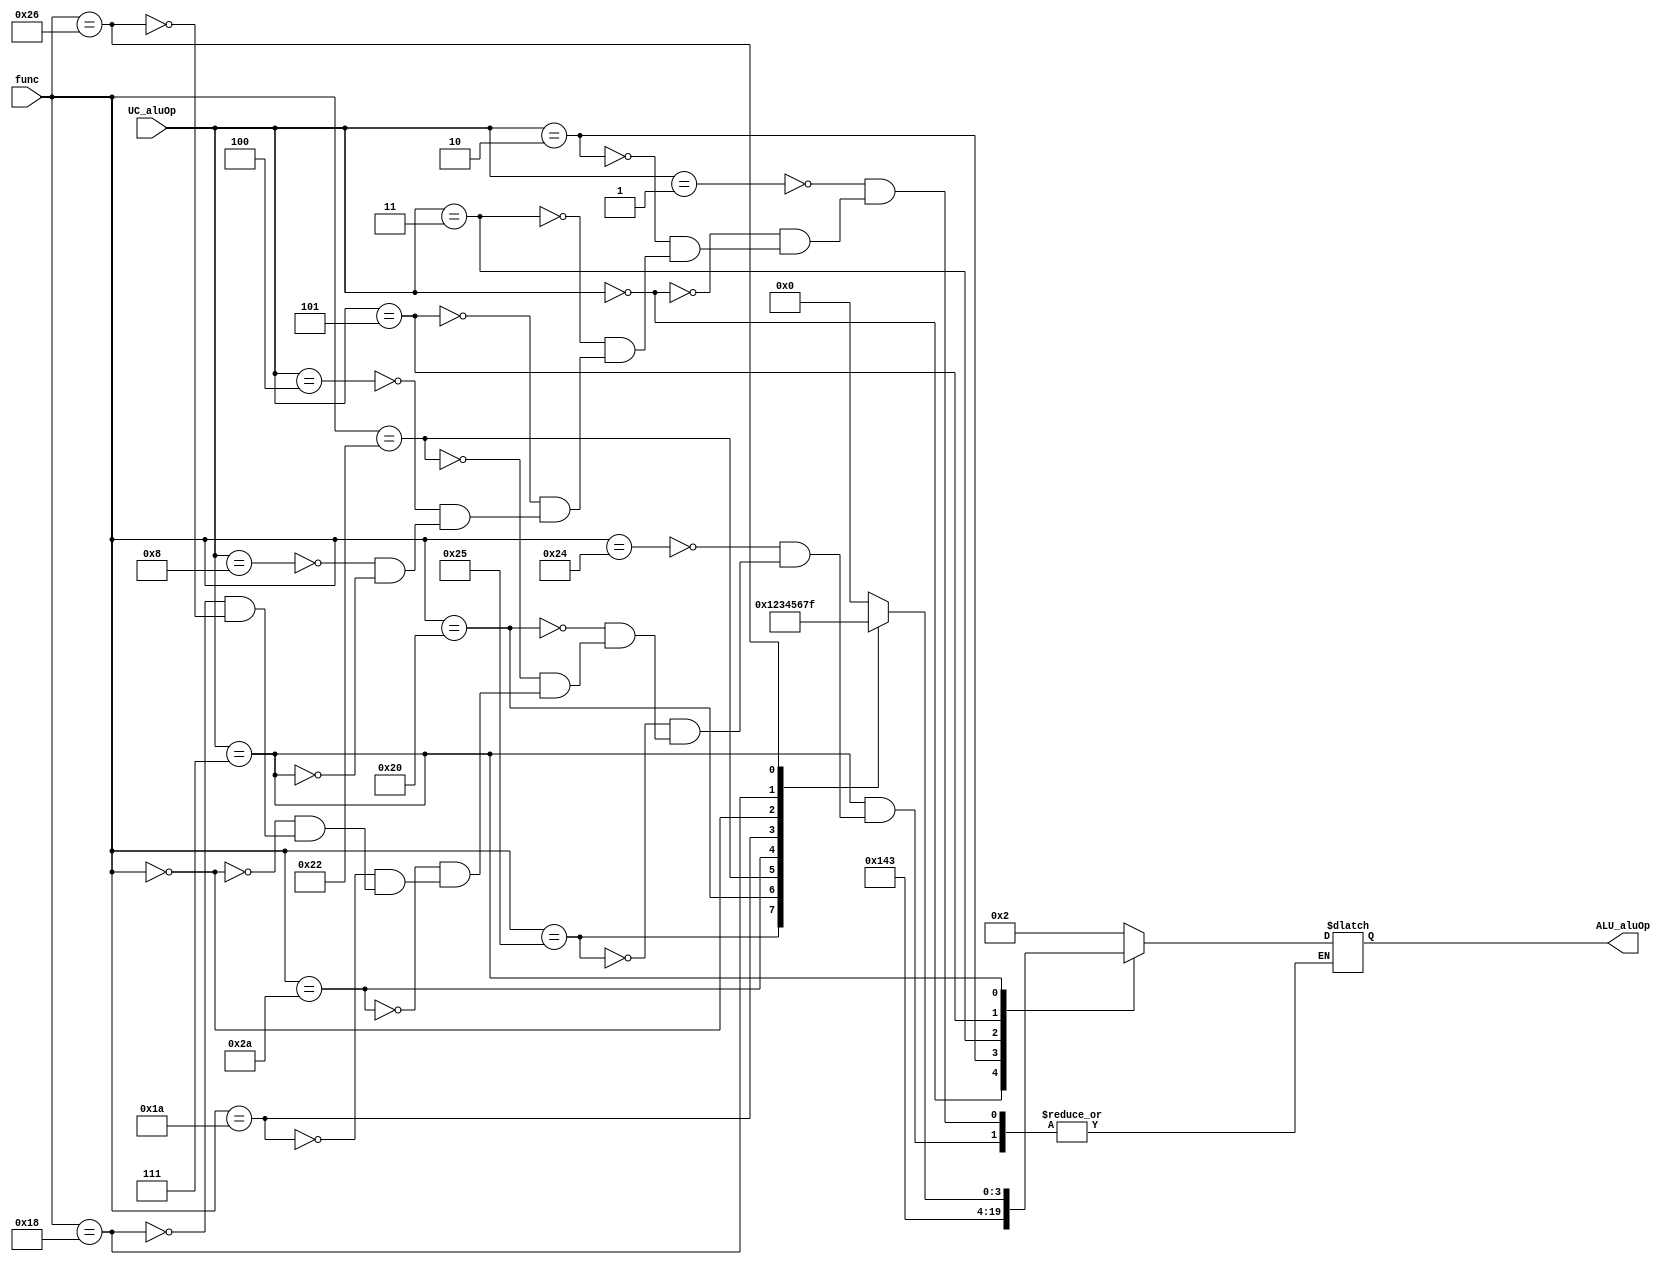
module ALUC (
    input[5:0] func,
    input[3:0] UC_aluOp,
    output reg[3:0] ALU_aluOp
);


always @*
    begin
        case(UC_aluOp)
            4'b0001:        //Addi
                begin
                  ALU_aluOp <= 4'b0010;
                end
            4'b0000:     //Andi
                begin
                  ALU_aluOp <= 4'b0000;
                end
            4'b0010:     //Ori
                begin
                  ALU_aluOp <= 4'b0001;
                end
            4'b0011:     //slti
                begin
                  ALU_aluOp <= 4'b0100;
                end
            4'b0101:     //Branch on equal
                begin
                  ALU_aluOp <= 4'b0011;
                end

            4'b0100:     //Save word
                begin
                  ALU_aluOp <= 4'b0010;
                end
            
            4'b1000:    //Load word
                begin
                  ALU_aluOp <= 4'b0010;
                end   

            4'b0111:             //R
                begin
                    case(func)
                        // AND
                        6'b100100: 
                            ALU_aluOp <= 4'b0000;
                        // OR
                        6'b100101: 
                            ALU_aluOp <= 4'b0001;
                        // ADD
                        6'b100000: 
                            ALU_aluOp <= 4'b0010;
                        // SUB
                        6'b100010: 
                            ALU_aluOp <= 4'b0011;
                        // SLT
                        6'b101010: 
                            ALU_aluOp <= 4'b0100;
                        // DIV
                        6'b011010: 
                            ALU_aluOp <= 4'b0101;
                        // NOP
                        6'b000000: 
                            ALU_aluOp <= 4'b0110;
                        // MULT
                        6'b011000: 
                            ALU_aluOp <= 4'b0111;
                        
                        6'b100110:
                            ALU_aluOp <= 4'b1111;
                    endcase
                end
        endcase
    end
endmodule